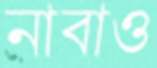
নাবাও